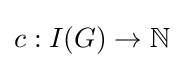
c:I(G)\to \mathbb {N}